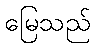
မြေသည်